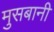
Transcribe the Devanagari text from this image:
मुसबानी